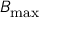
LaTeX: B _ { \mathrm { m a x } }